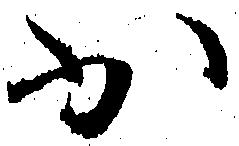
少